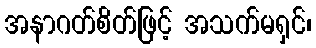
အနာဂတ်စိတ်ဖြင့် အသက်မရှင်၊